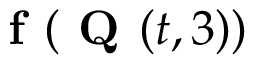
\textbf { f } ( \textbf { Q } ( t , { 3 } ) )